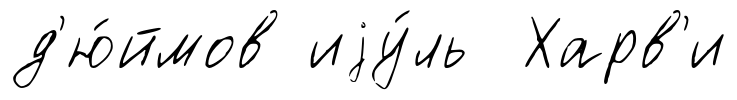
д'ю́ймов иjу́ль Харв'и